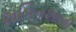
શકિતશાળી